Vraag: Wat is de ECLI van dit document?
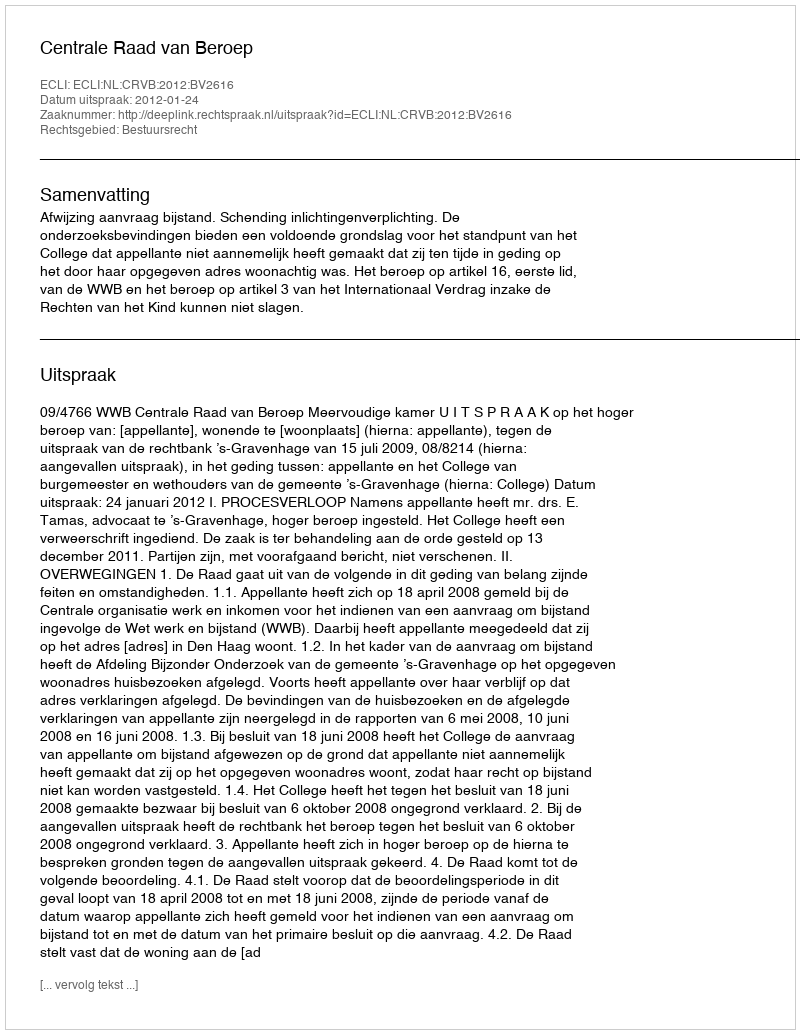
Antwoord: ECLI:NL:CRVB:2012:BV2616